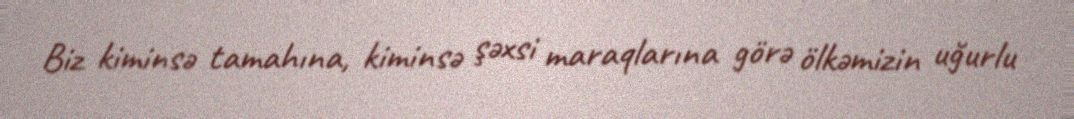
Biz kiminsə tamahına, kiminsə şəxsi maraqlarına görə ölkəmizin uğurlu